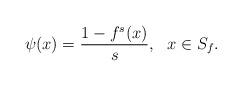
LaTeX: \begin{align*}\psi(x)= \frac{1-f^s(x)}{s}, \ \ x\in S_f. \end{align*}